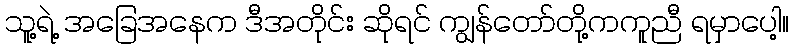
သူ့ရဲ့ အခြေအနေက ဒီအတိုင်း ဆိုရင် ကျွန်တော်တို့ကကူညီ ရမှာပေါ့။